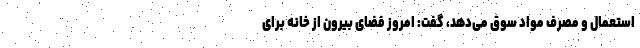
استعمال و مصرف مواد سوق می‌دهد، گفت: امروز فضای بیرون از خانه برای